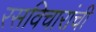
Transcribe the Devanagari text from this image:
रसविचारांची